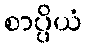
စာပ္ပိယံ